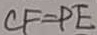
C F = P E